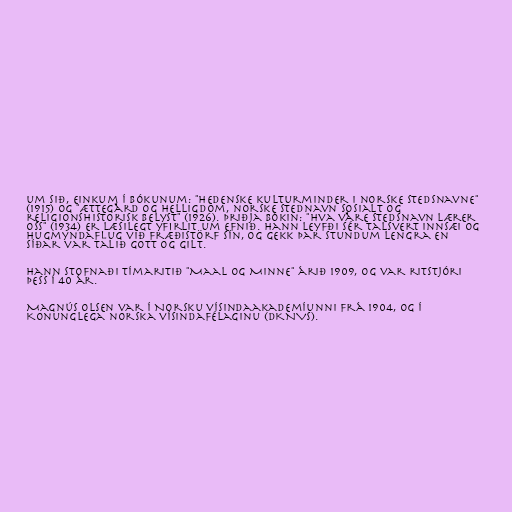
um sið, einkum í bókunum: "Hedenske kulturminder i norske stedsnavne"
(1915) og "Ættegård og helligdom, norske stednavn sosialt og
religionshistorisk belyst" (1926). Þriðja bókin: "Hva våre stedsnavn lærer
oss" (1934) er læsilegt yfirlit um efnið. Hann leyfði sér talsvert innsæi og
hugmyndaflug við fræðistörf sín, og gekk þar stundum lengra en
síðar var talið gott og gilt.

Hann stofnaði tímaritið "Maal og Minne" árið 1909, og var ritstjóri
þess í 40 ár.

Magnús Olsen var í Norsku vísindaakademíunni frá 1904, og í
Konunglega norska vísindafélaginu (DKNVS).